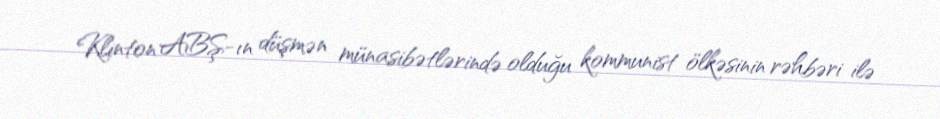
Klinton ABŞ-ın düşmən münasibətlərində olduğu kommunist ölkəsinin rəhbəri ilə